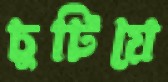
চুটিয়ে